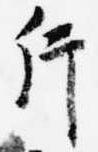
片